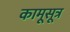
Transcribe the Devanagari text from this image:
कामूसूत्र